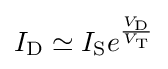
I_{\text{D}}\simeq I_{\text{S}}e^{\frac {V_{\text{D}}}{V_{\text{T}}}}